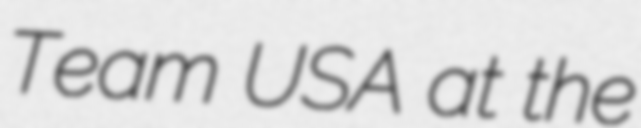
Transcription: Team USA at the